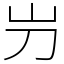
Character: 屶